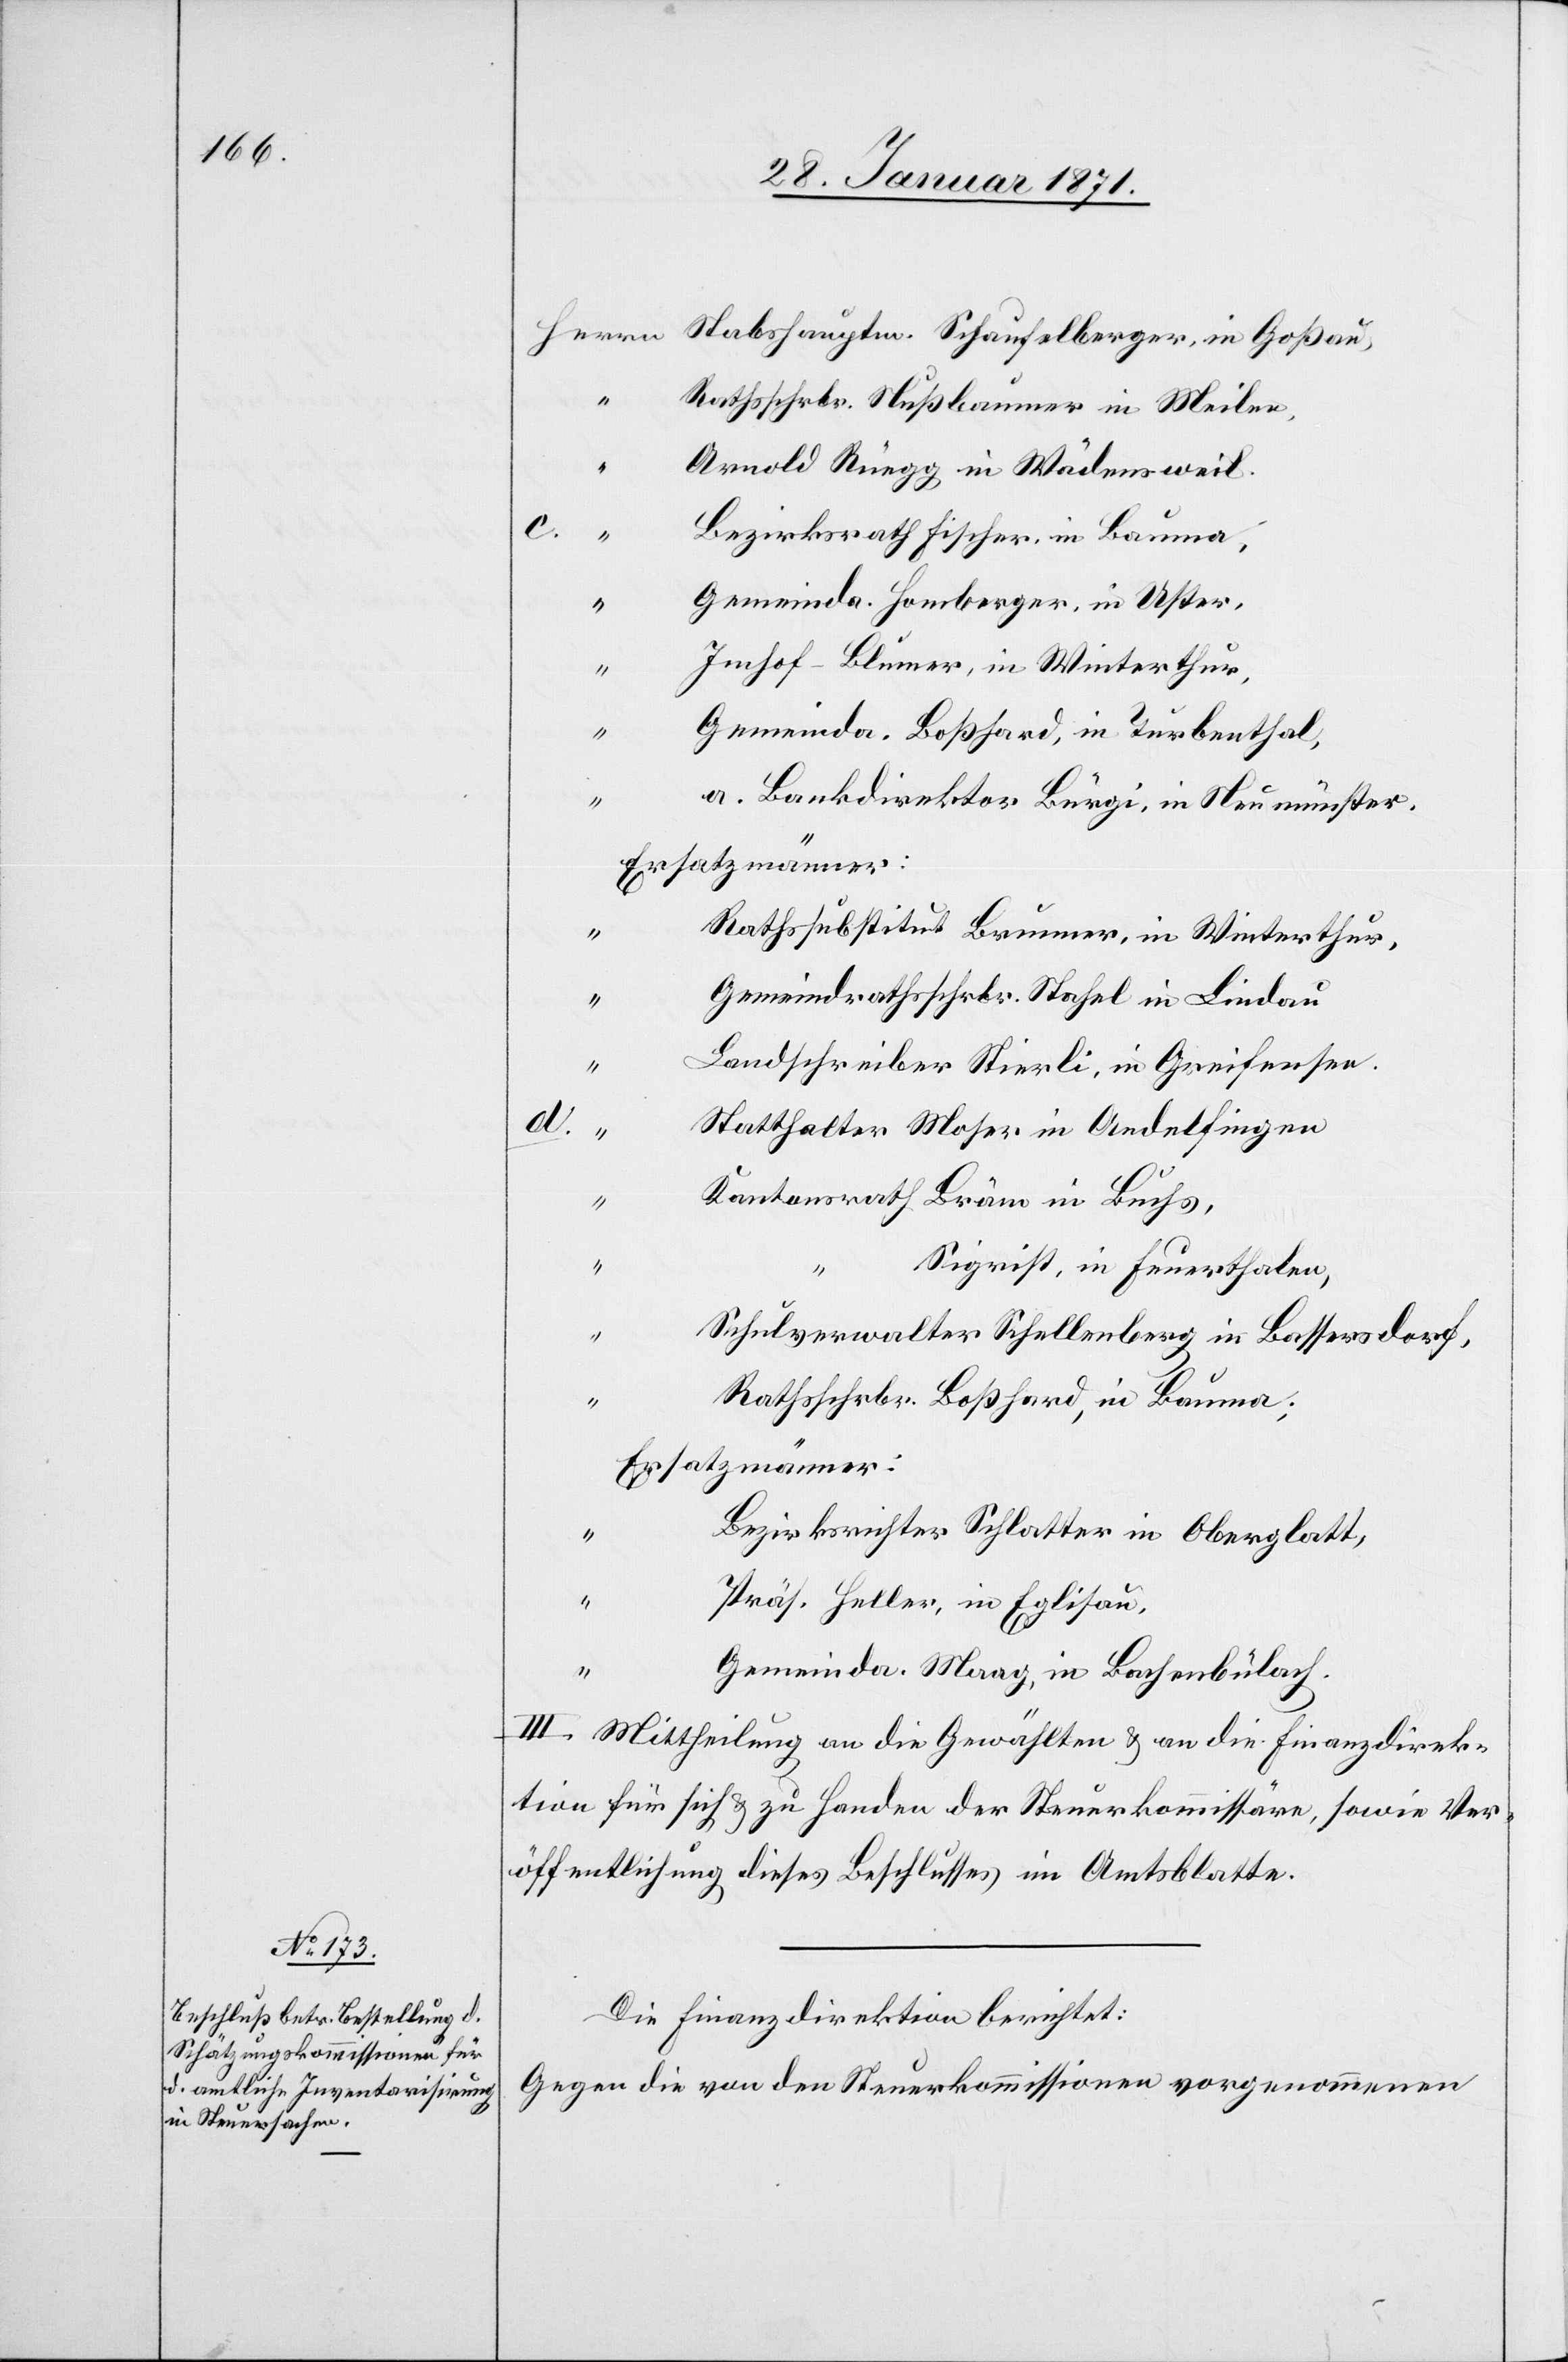
Stabshauptm. Schaufelberger, in Goßau,
Rathsschrbr. Nußbaumer in Weilen,
Arnold Rüegg in Wädensweil.
c.
“
Bezirksrath Fischer, in Bauma,
Gemeinda. Homberger, in Uster,
d.
Imhof-Blumer, in Winterthur,
Gemeinda. Boßhard, in Turbenthal,
“
a. Bankdirektor Bürgi, in Neumünster.
Ersatzmänner:
Rathssubstitut Brunner, in Winterthur,
Gemeindrathsschrbr. Stafel in Lindau
Landschreiber Stierli, in Greifensee.
Statthalter Moser in Andelfingen
Kantonsrath Bräm in Buchs,
Sigrist, in Feuerthalen,
“
Rathsschrbr. Boßhard, in Bauma;
Ersatzmänner:
Bezirksrichter Schlatter in Oberglatt,
“
Präs. Heller, in Eglisau,
Gemeindea. Maag, in Bachenbülach.
III. Mittheilung an die Gewählten u. an die Finanzdirek¬
tion für sich u. zu Handen der Steuerkommissäre, sowie Ver¬
öffentlichung dieses Beschlusses im Amtsblatte.
Die Finanzdirektion berichtet:
Gegen die von den Steuerkommissionen vorgenommenen